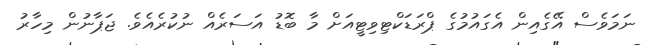
ނަމަވެސް އޭގެއިން އެގައުމުގެ ޕްރަޑަކްޓިވިޓީއަށް މާ ބޮޑު އަސަރެއް ނުކުރެއެވެ. ޖަޕާނުން މިހާރު